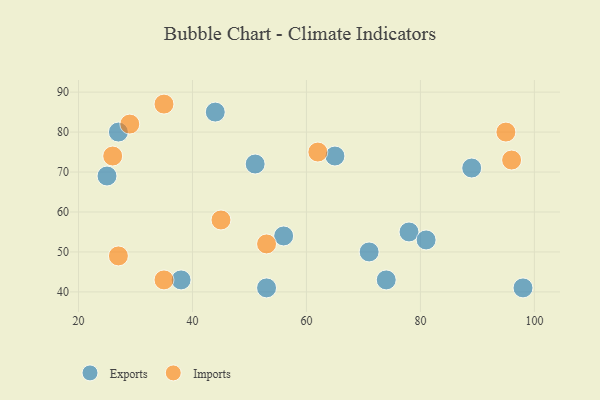
{"axis": {"x": "GDP", "y": "Life Expectancy"}, "legend": ["Exports", "Imports"], "data": [{"x": "51", "y": 72, "type": "Exports"}, {"x": "44", "y": 85, "type": "Exports"}, {"x": "74", "y": 43, "type": "Exports"}, {"x": "56", "y": 54, "type": "Exports"}, {"x": "25", "y": 69, "type": "Exports"}, {"x": "65", "y": 74, "type": "Exports"}, {"x": "38", "y": 43, "type": "Exports"}, {"x": "78", "y": 55, "type": "Exports"}, {"x": "89", "y": 71, "type": "Exports"}, {"x": "27", "y": 80, "type": "Exports"}, {"x": "98", "y": 41, "type": "Exports"}, {"x": "81", "y": 53, "type": "Exports"}, {"x": "71", "y": 50, "type": "Exports"}, {"x": "53", "y": 41, "type": "Exports"}, {"x": "27", "y": 49, "type": "Imports"}, {"x": "45", "y": 58, "type": "Imports"}, {"x": "95", "y": 80, "type": "Imports"}, {"x": "96", "y": 73, "type": "Imports"}, {"x": "26", "y": 74, "type": "Imports"}, {"x": "62", "y": 75, "type": "Imports"}, {"x": "53", "y": 52, "type": "Imports"}, {"x": "35", "y": 87, "type": "Imports"}, {"x": "35", "y": 43, "type": "Imports"}, {"x": "29", "y": 82, "type": "Imports"}]}